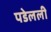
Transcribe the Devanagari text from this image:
पडेलली